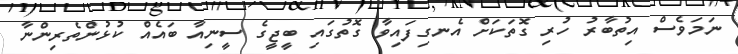
ނަމަވެސް އިތުބާރު ހުރި ގޮތަކަށް އެނގިފައިވާ ގޮތުގައި ބީޖީގެ ސީނިއާ ބައެއް ކުޅުންތެރިންނާ